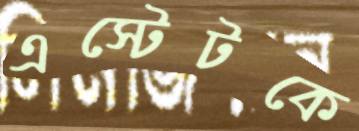
এস্টেটকে